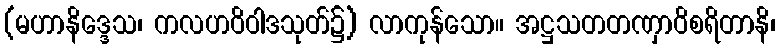
(မဟာနိဒ္ဒေသ၊ ကလဟဝိဝါဒသုတ်၌) လာကုန်သော။ အဋ္ဌသတတဏှာဝိစရိတာနိ၊